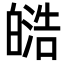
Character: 𭽟